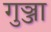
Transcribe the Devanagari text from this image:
गुञ्जा